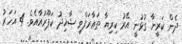
ދެން ކަރީނާ ގުޅުނީ އޭރު ކިރިޔާ ތަޢާރަފްވި ޝާޚިދު ކަޕޫރުއާއެވެ. 4 އަހަރު